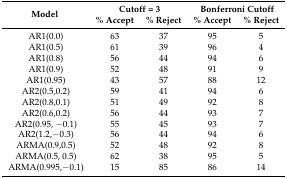
<table><thead><tr><td><b>2*Model</b></td><td colspan="2"><b>Cutoff = 3</b></td><td colspan="2"><b>Bonferroni Cutoff</b></td></tr><tr><td></td><td><b>% Accept</b></td><td><b>% Reject</b></td><td><b>% Accept</b></td><td><b>% Reject</b></td></tr></thead><tbody><tr><td>AR1(0.0)</td><td>63</td><td>37</td><td>95</td><td>5</td></tr><tr><td>AR1(0.5)</td><td>61</td><td>39</td><td>96</td><td>4</td></tr><tr><td>AR1(0.8)</td><td>56</td><td>44</td><td>94</td><td>6</td></tr><tr><td>AR1(0.9)</td><td>52</td><td>48</td><td>91</td><td>9</td></tr><tr><td>AR1(0.95)</td><td>43</td><td>57</td><td>88</td><td>12</td></tr><tr><td>AR2(0.5,0.2)</td><td>59</td><td>41</td><td>94</td><td>6</td></tr><tr><td>AR2(0.8,0.1)</td><td>51</td><td>49</td><td>92</td><td>8</td></tr><tr><td>AR2(0.6,0.2)</td><td>56</td><td>44</td><td>93</td><td>7</td></tr><tr><td>AR2(0.95, −0.1)</td><td>55</td><td>45</td><td>93</td><td>7</td></tr><tr><td>AR2(1.2,−0.3)</td><td>56</td><td>44</td><td>94</td><td>6</td></tr><tr><td>ARMA(0.9,0.5)</td><td>52</td><td>48</td><td>92</td><td>8</td></tr><tr><td>ARMA(0.5, 0.5)</td><td>62</td><td>38</td><td>95</td><td>5</td></tr><tr><td>ARMA(0.995,−0.1)</td><td>15</td><td>85</td><td>86</td><td>14</td></tr></tbody></table>